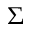
\Sigma